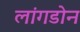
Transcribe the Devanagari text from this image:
लांगडोन